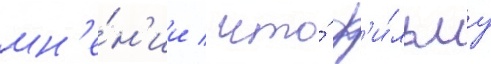
мн'е́н'ии / что́ ф'и́льму